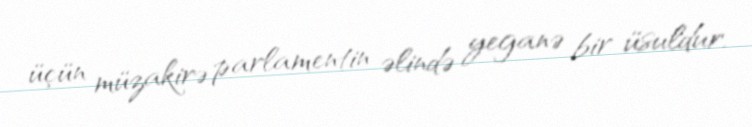
üçün müzakirə parlamentin əlində yeganə bir üsuldur.